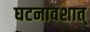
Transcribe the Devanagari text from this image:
घटनावशात्